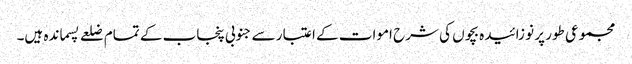
مجموعی طور پر نو زائیدہ بچوں کی شرح اموات کے اعتبار سے جنوبی پنجاب کے تمام ضلعے پسماندہ ہیں۔